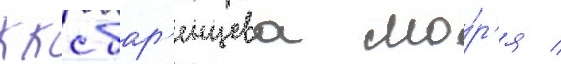
ккс бар'енцева мо́р'я /